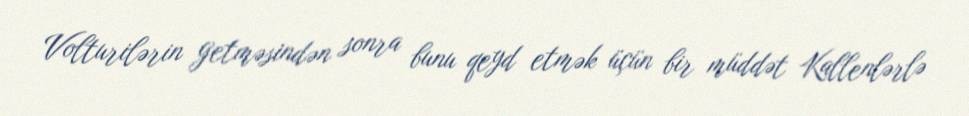
Volturilərin getməsindən sonra bunu qeyd etmək üçün bir müddət Kallenlərlə